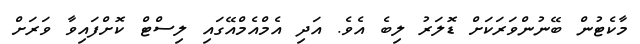
މާކެޓުން ބޭނުންވަރަކަށް ޑޮލަރު ލިބެ އެވެ. އަދި އެމްއެމްއޭގައި ލިސްޓް ކޮށްފައިވާ ވަރަށް